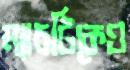
ম্যাচটিকেও